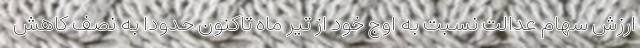
ارزش سهام عدالت نسبت به اوج خود از تیر ماه تاکنون حدودا به نصف کاهش